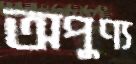
অপুণ্য